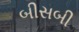
બીસબી